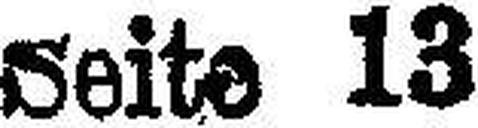
Seite 13